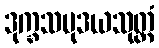
ဒုက္ခသမုဒယသုတ္တံ